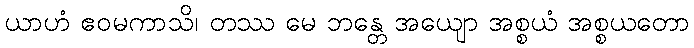
ယာဟံ ဧဝမကာသိ၊ တဿ မေ ဘန္တေ အယျော အစ္စယံ အစ္စယတော